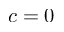
c = 0